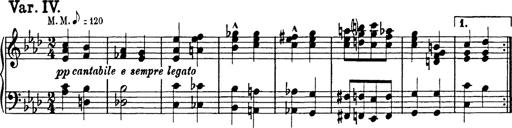
Title: 8 Variations
Composer: Franz Liszt
Key: A-flat major